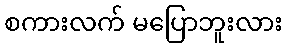
စကားလက် မပြောဘူးလား